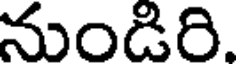
నుండిరి.